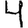
Digit: 4